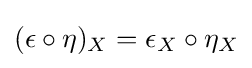
(\epsilon \circ \eta )_{X}=\epsilon _{X}\circ \eta _{X}